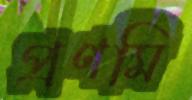
প্রণমি